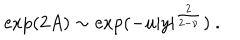
LaTeX: \exp ( 2 A ) \sim \exp ( - u | y | ^ { \frac { 2 } { 2 - \nu } } ) ~ .